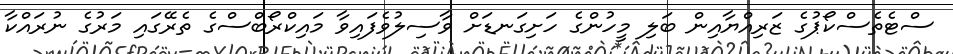
ސްޓެތެސްކޯޕުގެ ޒަރިއްޔާއިން ބަލި މީހުންގެ ހަށިގަނޑަށް ވާސިލުވެފައިވާ މައިކްރޯބްސްގެ ތެރޭގައި މަރުގެ ނުރައްކާ